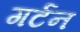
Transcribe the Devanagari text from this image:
गर्टन